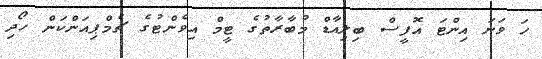
ހަ ވަނަ އިންޓަ އޮފީސް ބިލިއާޑް މުބާރާތުގެ ޓީމް އިވެންޓުގެ ޗެމްޕިއަންކަން ހޯދި